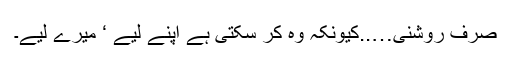
صرف روشنی…..کیونکہ وہ کر سکتی ہے اپنے لیے ‘ میرے لیے۔